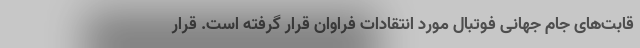
قابت‌های جام جهانی فوتبال مورد انتقادات فراوان قرار گرفته است. قرار